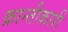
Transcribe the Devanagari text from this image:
क्रान्तीकारी